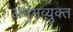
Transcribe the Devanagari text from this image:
अनुभव्युक्त